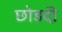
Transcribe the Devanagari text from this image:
छोडदी